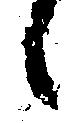
候